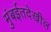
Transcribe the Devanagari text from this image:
मुंबईतदेखील